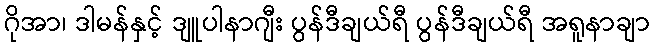
ဂိုအာ၊ ဒါမန်နှင့် ဒျူပါနာဂျီး ပွန်ဒီချယ်ရီ ပွန်ဒီချယ်ရီ အရူနာချာ